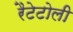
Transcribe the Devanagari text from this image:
रैटेटोली